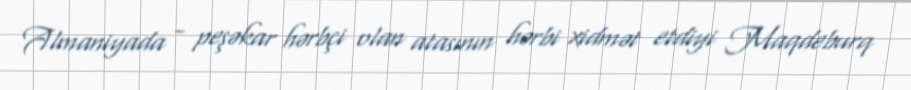
Almaniyada - peşəkar hərbçi olan atasının hərbi xidmət etdiyi Maqdeburq